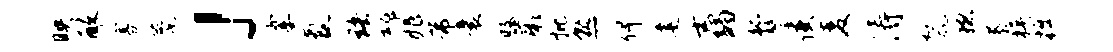
映醉寡甍」霎氲珞魂兆芾囊皎蕨批熟俾建壬蠲狐鏊使麦涛鬣稳慕族掘